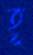
হূ